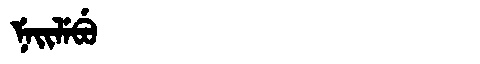
Manchu: ᠨᡝᡳᠯᡝᠪᡠ
Romanization: NEILEBU